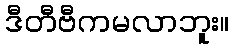
ဒီတီဗီကမလာဘူး။